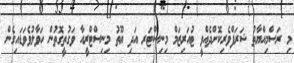
މި ރަސްމިއްޔާތު ޝަރަފްވެރިކޮށްދެއްވީ ޓުއަރިޒަމް މިނިސްޓަރ އަދި ޔޫތު މިނިސްޓްރީއާ ވަގުތީގޮތުން ހަވާލުވެވަޑައިގެން